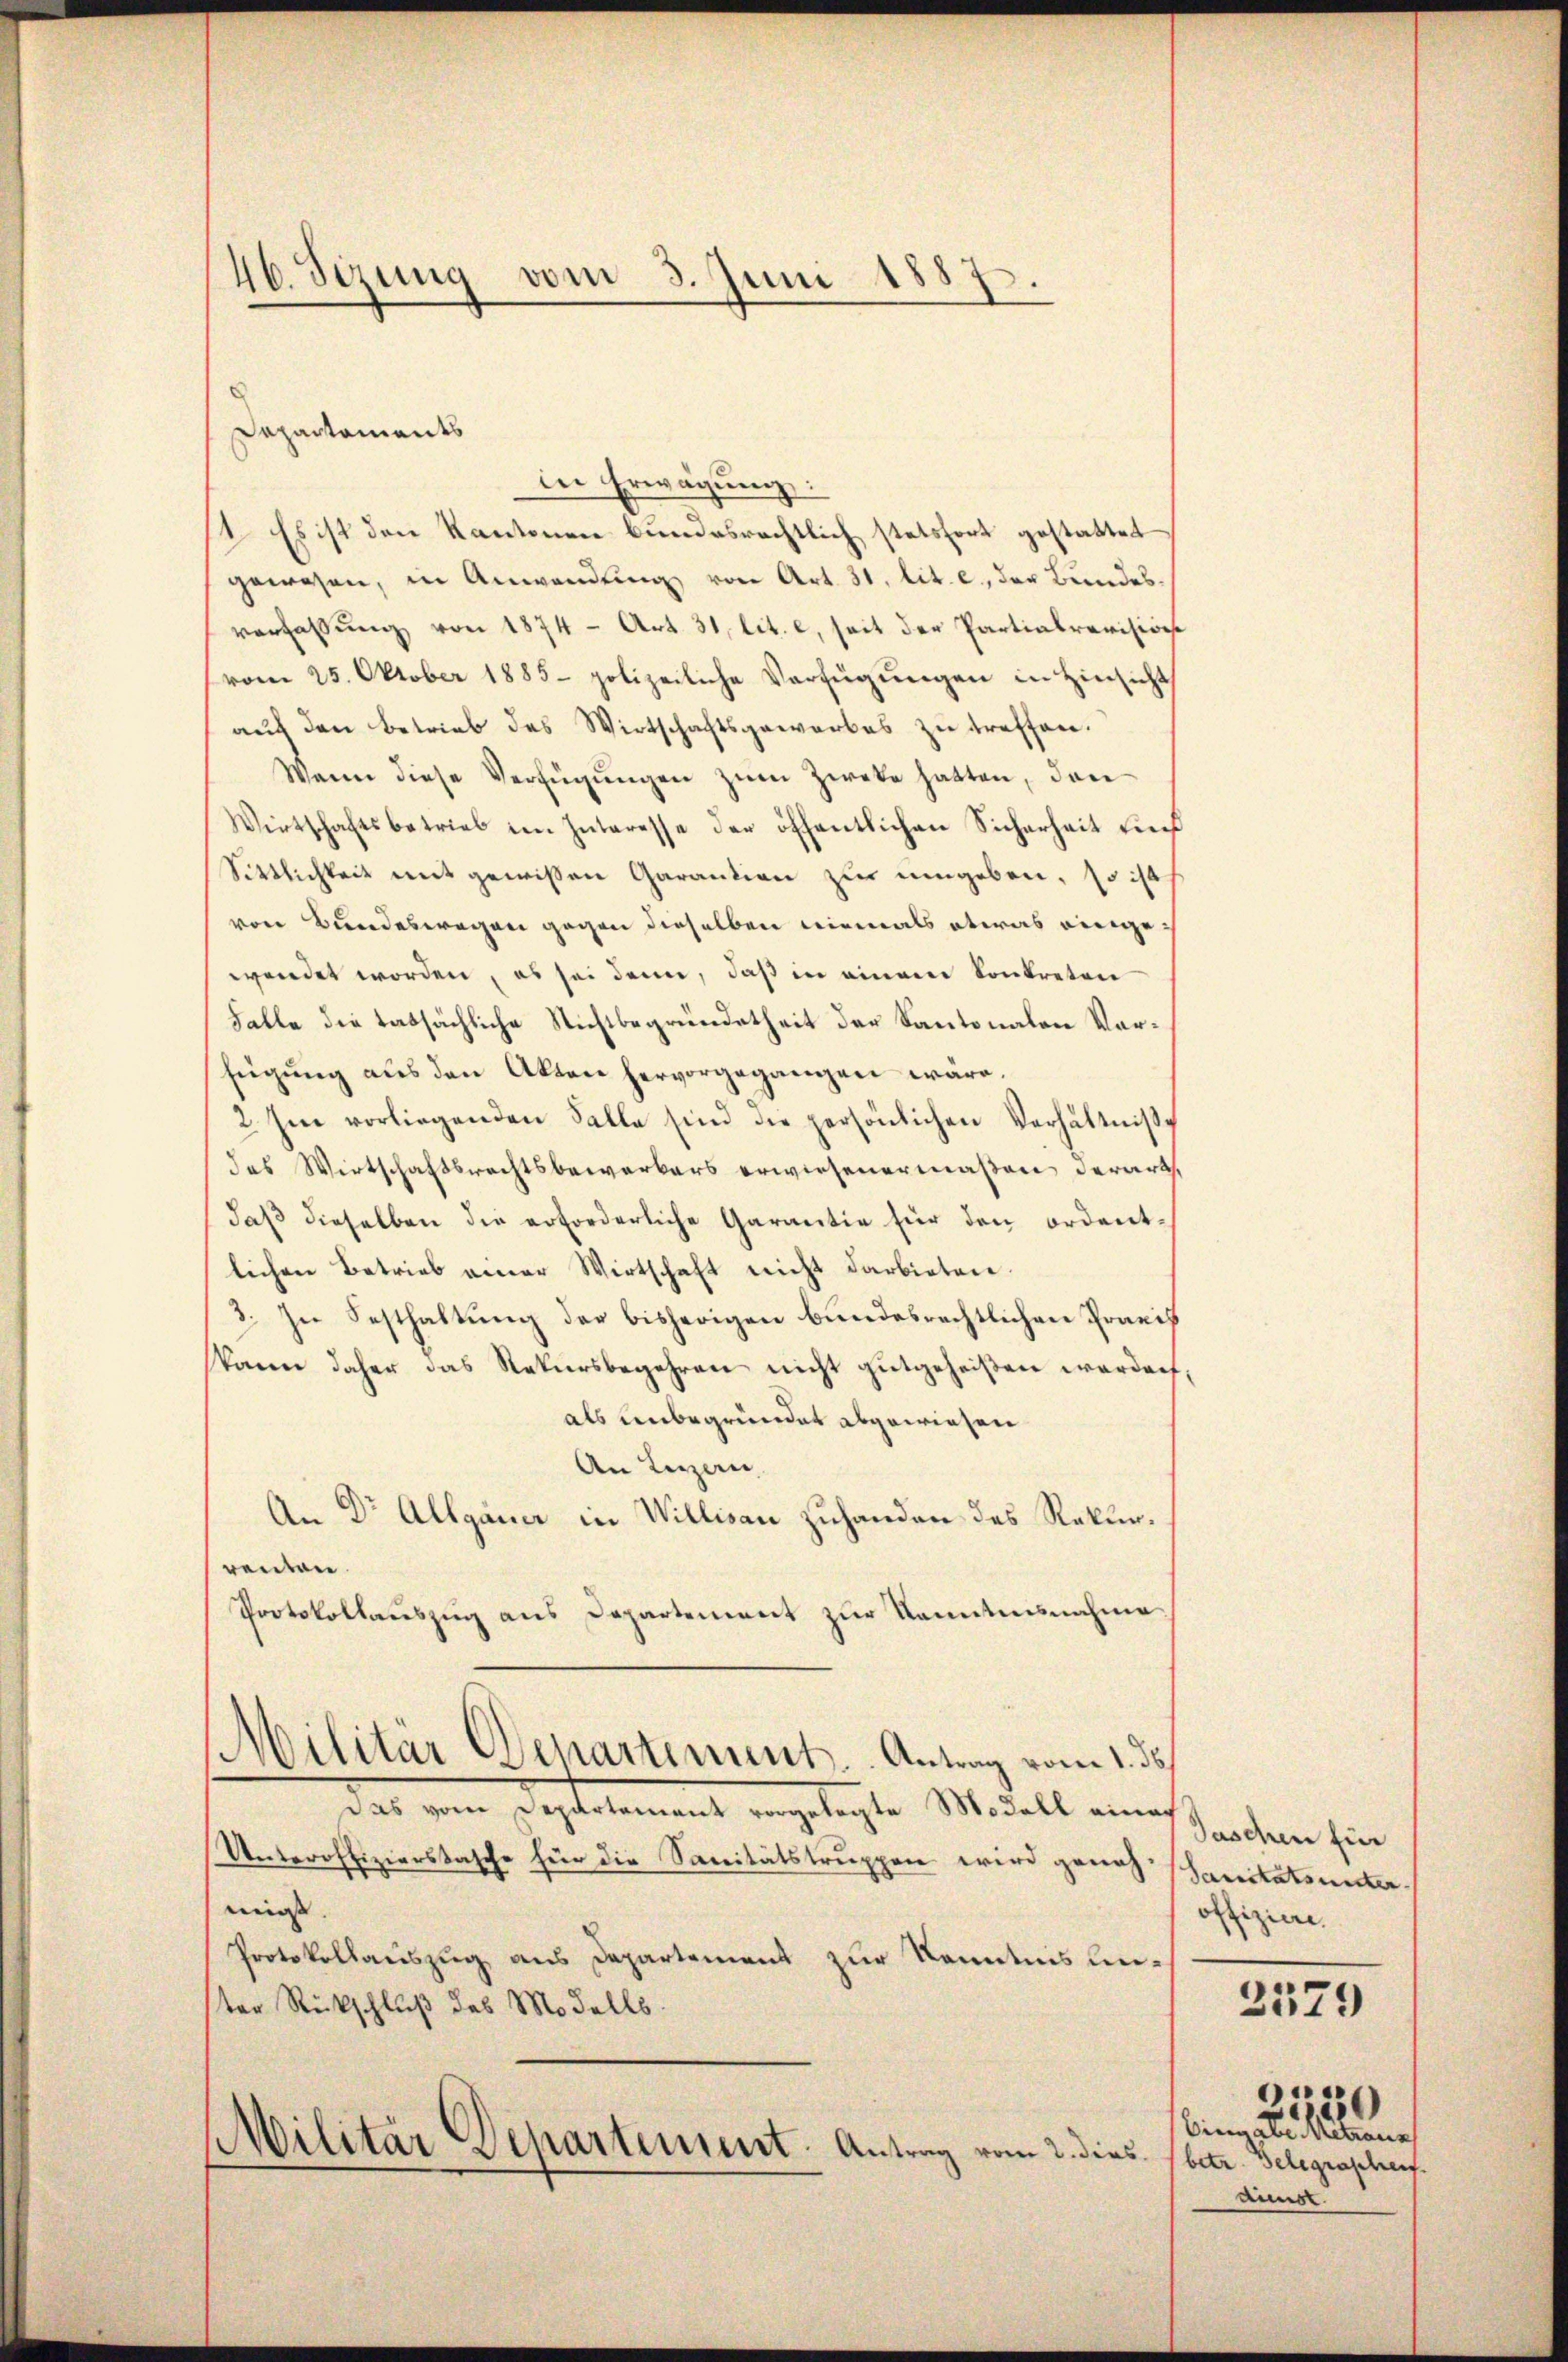
46. Sezung vom 3. Juni 1887.

Dapartaments
in Erwägung
1. Es ist den Kantonen bundesrechtlich stetsfort gestattet
gewesen, in Anwendung von Art. 31, lit. c, der Bundesverfassung von 1874 - Art. 31, lit. e, seit der Partialrevisione
vom 25. Oktober 1885 polizeiliche Verfügŭngen in Hinsicht
auf den betrieb des Wirtschaftsgewarbes zu treffen.
Wann diese Verfügŭngen zum Zweke hatten, den
Wirtschaftsbetrieb im Interesse der öffentlichen Sicherheit un
Sittlichkeit mit gewißen Garantion zur umgeben, so ist
von Bundeswegen gegen dieselben niemals etwas eingewendet worden, es sei denn, daß in einem Kontreten
Falle die tatsächliche Nichtbegründetheit der Kantonalen Vorfügung aus den Akten hervorgegangen wäre.
2. Im vorliegenden Falle sind die persönlichen Verhältniss
das Wirtschaftsrechtsbewerkers erwiesenermaßen derart,
daß dieselben die erforderliche Garantie für den ordentlichen Betrieb einer Wirtschaft nicht darbieten.
3. In Festhaltung der bisherigen bundesrechtlichen Praech
kann daher das Rekursbegehren nicht gutgeheißen werden;
als unbegründet abgewiesen
An Luzern,
An Dr Allgauer in Willisau zuhanden das Rekurrenten.
Protokollauszug aus Departement zur Kenntnisnahme
Militär Departiment. Antrag vom 1. ds.
Das von Septelement angelegte Modell einen
Unteroffizierstasche für die Sanitätstruppen wird genoßschereitatemente
mis. |
Protokollauszug aus Departement zur Kenntnis unster Rückschluß des Modells
Militar Departement. Antrag vom 2. dies betr. Gelegraphen.

Jaschen für
offiziere.
)
e
ingabe Metraus
dunst.

2379